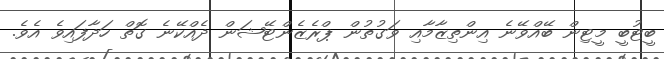
ބީޓުބީ މީޓިން ބޭއްވޭނެ އިންތިޒާމާއި ވަގުތުން ޕްރެޒެންޓޭޝަން ދެއްކޭނެ ގޮތް ހަދާފައިވެ އެވެ.